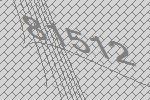
81512